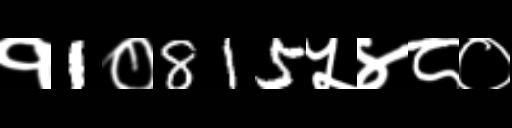
Text: १1०815५४८०